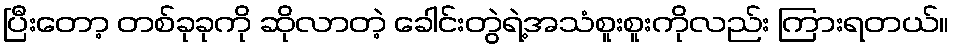
ပြီးတော့ တစ်ခုခုကို ဆိုလာတဲ့ ခေါင်းတွဲရဲ့အသံစူးစူးကိုလည်း ကြားရတယ်။